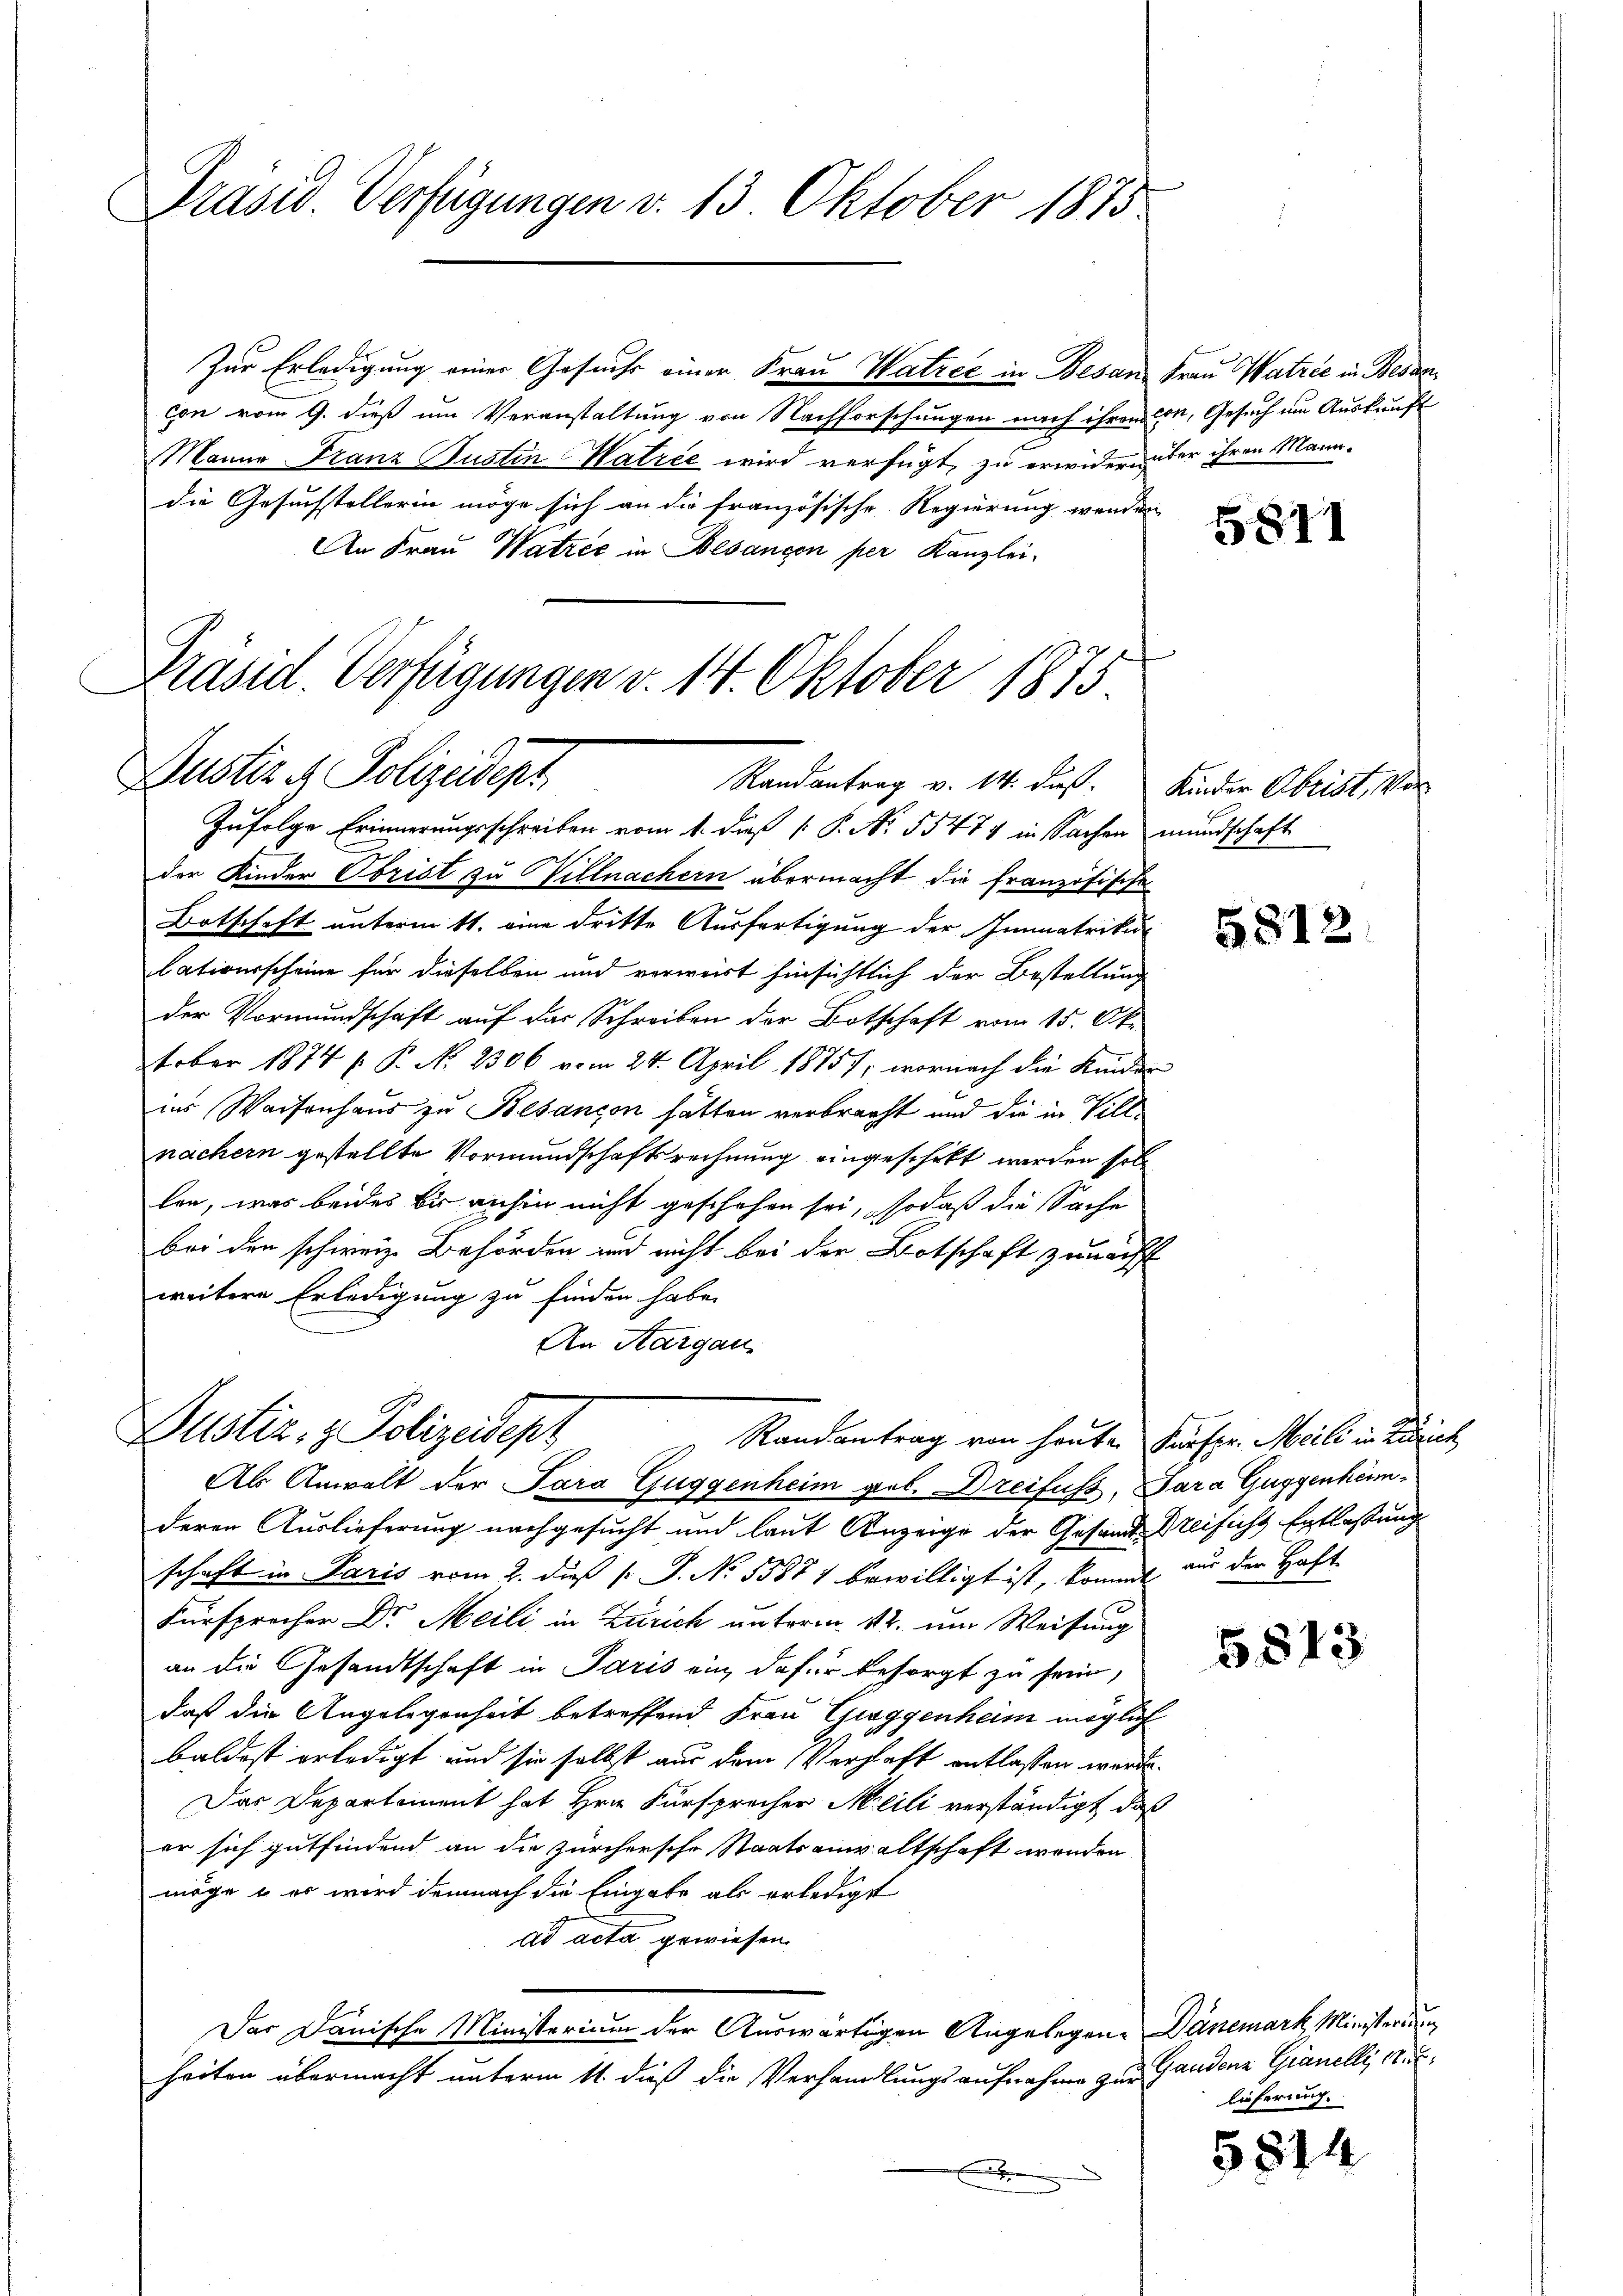
Präsid. Verfügungen d. 13 Oktober 1875

Zur Erledigung einer Gesuche einer Frau Watree in Besan Frau Watzić in Besancon vom 9. dieß um Veranstaltung von Nachforschungen nach ihren Con, Gesuch um Auskunft
Manne Franz Justin Watree wird verfügt, zu erwidern über ihren Manndie Gesuchstellerin möge sich an die französische Regierung werden
An Frau Watzić in Besançon per Kanzlei-
Präsid. Verfügungen v. 14. Oktober 1875

Bustiz & Polizeidept

Zufolge Erinnerungsschreiben vom 1. dieß P. No. 55474 in Sachen mundschaft
der Kinder Obrist zu Villnachern übermacht die französische
Botschaft unterm 11. eine dritte Ausfertigung der Immatrikur
lationsscheine für dieselben und verweist hinsichtlich der Bestellung
der Vormundschaft auf das Schreiben der Botschaft vom 15. Oktober 1874 f. P. No. 2306 vom 24. April 18757, wornach die Kinder
ins Waisenhaus zu Besançon hätten verbracht und die in Villnachern gestellte Vormundschaftsrechnung eingeschret werden soll
lon, was beides bis anhin nicht geschehen sei, sodaß die Sache
bei den schweize Behörden und nicht bei der Botschaft zunächst
weitere Erledigung zu finden habe.
An Aargau,

Justiz- & Polizeidept
Randantrag von heute Fürspr. Meili in Zürich
Als Anwalt der Sara Guggenheim geb. Dreifuss, Sara Guggenheim¬

Randantrag v. 14. daß. Kinder Obrist, Vor

derer Auslieferung nachgesucht und laut Anzeige der Gesandte Dreifuchs Entlassung
schaft in Paris vom 2. dieß [ P. Nr. 55871 bewilligt ist, kommt aus der Haft-
Fürsprocher Dr. Meili in Zürich unterm 12. um Weisung
an die Gesandtschaft in Paris ein, dafür besorgt zu sein,
daß die Angelegenheit betreffend Frau Gieggenheim möglich
baldest erledigt und sie selbst aus dem Verhaft entlassen werde.
Das Departement hat Hrn. Fürsprecher Meili verständigt, daß
er sich gutfindend an die zürchersche Staatsanwaltschaft worden
möge u es wird demnach die Eingabe als erledigt
ad acta gewiesen.
Der Danische Ministerium der Auswärtigen Angelegen Dänemark Ministerung
heiten übermacht unterm 11. dieß die Verhandlungsaufnahme zur Gandenz Granelli, Art.
x

5811

5812

5813

lieferung.

5814